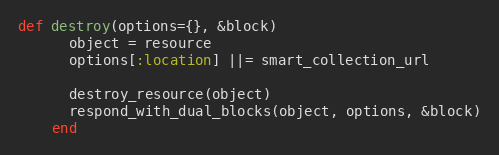
Language: Ruby
def destroy(options={}, &block)
      object = resource
      options[:location] ||= smart_collection_url

      destroy_resource(object)
      respond_with_dual_blocks(object, options, &block)
    end